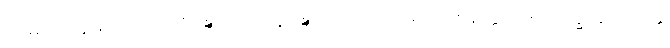
ဧဝမာဒိ နေမိတ္တိကံ။ သိရိဝဍ္ဎကော ဓနဝဍ္ဎကောတိ ဧဝမာဒိ ဝစနတ္ထံ အနပေက္ခိတွာ ပဝတ္တံ